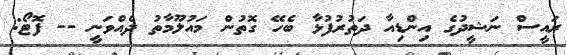
ރައީސް ނަޝީދުގެ އިންޑިއާ ދަތުރުފުޅާ ބެހޭ ގޮތުން މައުލޫމާތު ދެއްވަނީ -- ފޮޓޯ: